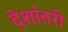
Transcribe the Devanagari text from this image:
देशांतरी